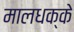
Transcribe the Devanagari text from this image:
मालधक्के